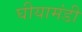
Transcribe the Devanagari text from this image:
घीयामंडी